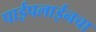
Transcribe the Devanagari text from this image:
पाईपलाईनचा